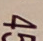
45